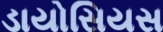
ડાયોસિયસ